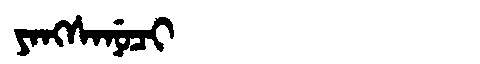
Manchu: ᠶᠠᠩᠰᠠᠨᡠᠴᡳ
Romanization: YANGSANUCI